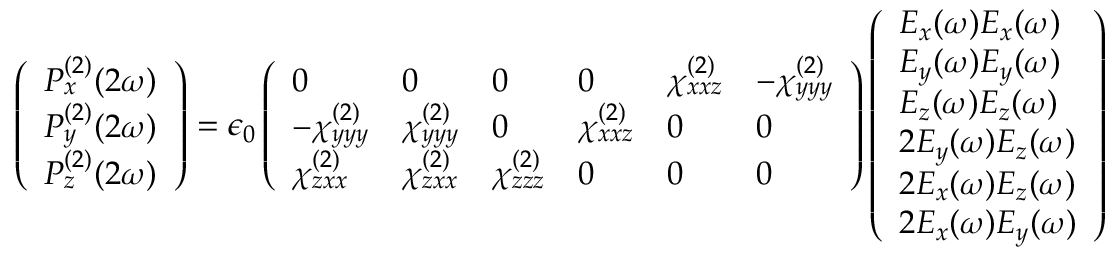
\left( \begin{array} { l } { P _ { x } ^ { ( 2 ) } ( 2 \omega ) } \\ { P _ { y } ^ { ( 2 ) } ( 2 \omega ) } \\ { P _ { z } ^ { ( 2 ) } ( 2 \omega ) } \end{array} \right) = \epsilon _ { 0 } \left( \begin{array} { l l l l l l } { 0 } & { 0 } & { 0 } & { 0 } & { \chi _ { x x z } ^ { ( 2 ) } } & { - \chi _ { y y y } ^ { ( 2 ) } } \\ { - \chi _ { y y y } ^ { ( 2 ) } } & { \chi _ { y y y } ^ { ( 2 ) } } & { 0 } & { \chi _ { x x z } ^ { ( 2 ) } } & { 0 } & { 0 } \\ { \chi _ { z x x } ^ { ( 2 ) } } & { \chi _ { z x x } ^ { ( 2 ) } } & { \chi _ { z z z } ^ { ( 2 ) } } & { 0 } & { 0 } & { 0 } \end{array} \right) \left( \begin{array} { l } { E _ { x } ( \omega ) E _ { x } ( \omega ) } \\ { E _ { y } ( \omega ) E _ { y } ( \omega ) } \\ { E _ { z } ( \omega ) E _ { z } ( \omega ) } \\ { 2 E _ { y } ( \omega ) E _ { z } ( \omega ) } \\ { 2 E _ { x } ( \omega ) E _ { z } ( \omega ) } \\ { 2 E _ { x } ( \omega ) E _ { y } ( \omega ) } \end{array} \right)